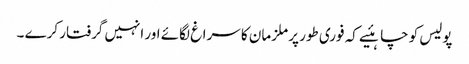
پولیس کو چاہئیے کہ فوری طور پر ملزمان کا سراغ لگائے اور انہیں گرفتار کرے ۔